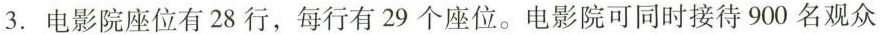
3.电影院座位有28行，每行有29个座位。电影院可同时接待900名观众